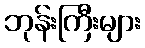
ဘုန်းကြီးများ